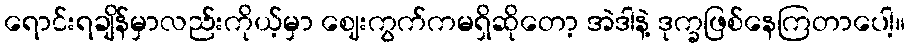
ရောင်းရချိန်မှာလည်းကိုယ့်မှာ ဈေးကွက်ကမရှိဆိုတော့ အဲဒါနဲ့ ဒုက္ခဖြစ်နေကြတာပေါ့။